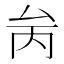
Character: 𠫧